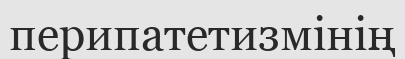
перипатетизмінің